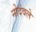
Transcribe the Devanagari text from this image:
नोदंवले